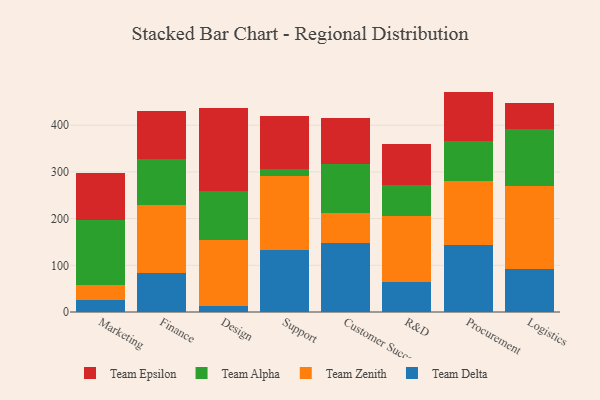
{"axis": {"x": "Department", "y": "Energy Usage (MWh)"}, "legend": ["Team Alpha", "Team Delta", "Team Epsilon", "Team Zenith"], "data": [{"x": "Marketing", "y": 25.6, "type": "Team Delta"}, {"x": "Marketing", "y": 32.7, "type": "Team Zenith"}, {"x": "Marketing", "y": 139.6, "type": "Team Alpha"}, {"x": "Marketing", "y": 99.9, "type": "Team Epsilon"}, {"x": "Finance", "y": 83.0, "type": "Team Delta"}, {"x": "Finance", "y": 145.9, "type": "Team Zenith"}, {"x": "Finance", "y": 98.7, "type": "Team Alpha"}, {"x": "Finance", "y": 101.8, "type": "Team Epsilon"}, {"x": "Design", "y": 13.3, "type": "Team Delta"}, {"x": "Design", "y": 140.0, "type": "Team Zenith"}, {"x": "Design", "y": 106.5, "type": "Team Alpha"}, {"x": "Design", "y": 176.9, "type": "Team Epsilon"}, {"x": "Support", "y": 133.3, "type": "Team Delta"}, {"x": "Support", "y": 159.0, "type": "Team Zenith"}, {"x": "Support", "y": 14.2, "type": "Team Alpha"}, {"x": "Support", "y": 112.2, "type": "Team Epsilon"}, {"x": "Customer Success", "y": 148.4, "type": "Team Delta"}, {"x": "Customer Success", "y": 62.8, "type": "Team Zenith"}, {"x": "Customer Success", "y": 105.7, "type": "Team Alpha"}, {"x": "Customer Success", "y": 98.3, "type": "Team Epsilon"}, {"x": "R&D", "y": 64.8, "type": "Team Delta"}, {"x": "R&D", "y": 139.9, "type": "Team Zenith"}, {"x": "R&D", "y": 67.9, "type": "Team Alpha"}, {"x": "R&D", "y": 87.9, "type": "Team Epsilon"}, {"x": "Procurement", "y": 143.4, "type": "Team Delta"}, {"x": "Procurement", "y": 137.1, "type": "Team Zenith"}, {"x": "Procurement", "y": 85.5, "type": "Team Alpha"}, {"x": "Procurement", "y": 106.0, "type": "Team Epsilon"}, {"x": "Logistics", "y": 91.4, "type": "Team Delta"}, {"x": "Logistics", "y": 177.5, "type": "Team Zenith"}, {"x": "Logistics", "y": 122.8, "type": "Team Alpha"}, {"x": "Logistics", "y": 55.2, "type": "Team Epsilon"}]}